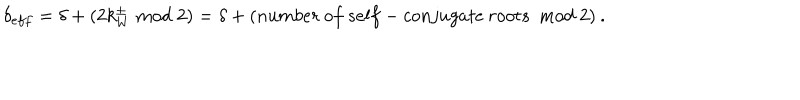
\delta _ { e f f } = \delta + ( 2 k _ { W } ^ { \pm } \bmod 2 ) = \delta + ( n u m b e r \: o f \: s e l f - c o n j u g a t e \: r o o t s \: \bmod 2 ) \: .